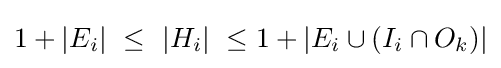
1+|E_{i}|\ \leq \ |H_{i}|\ \leq 1+\left|E_{i}\cup (I_{i}\cap O_{k})\right|